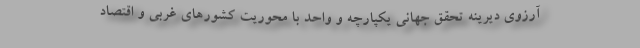
آرزوی دیرینه تحقق جهانی یکپارچه و واحد با محوریت کشورهای غربی و اقتصاد